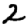
Digit: 2